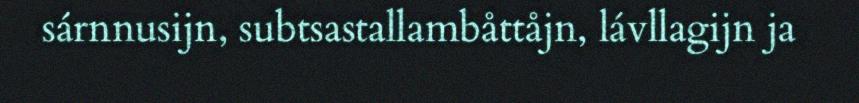
sárnnusijn, subtsastallambåttåjn, lávllagijn ja